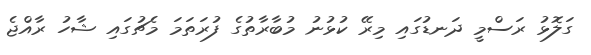
ގަލޮޅު ރަސްމީ ދަނޑުގައި މިރޭ ކުޅުނު މުބާރާތުގެ ފުރަަތަމަ މެޗުގައި ޝާހު ރާއްޖެ